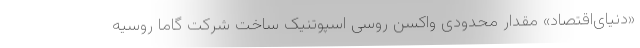
«دنیای‌اقتصاد» مقدار محدودی واکسن روسی اسپوتنیک‌ ساخت شرکت گاما روسیه